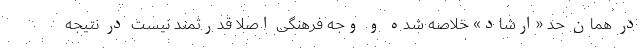
در همان حد «ارشاد» خلاصه شده و وجه فرهنگی اصلاً قدرتمند نیست در نتیجه